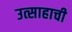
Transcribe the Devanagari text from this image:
उत्साहाची